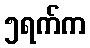
၅ရက်က